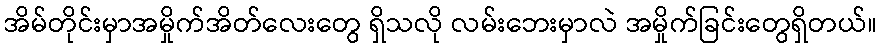
အိမ်တိုင်းမှာအမှိုက်အိတ်လေးတွေ ရှိသလို လမ်းဘေးမှာလဲ အမှိုက်ခြင်းတွေရှိတယ်။